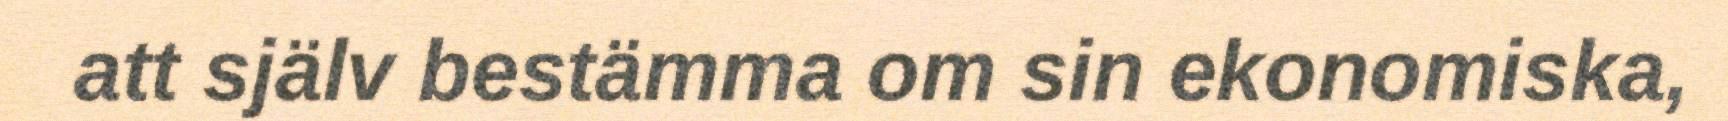
att själv bestämma om sin ekonomiska,